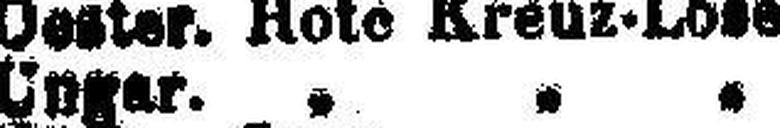
Ungar. „ „ „